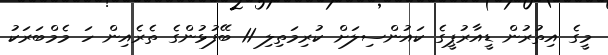
މީގެ އިތުރުން ޑީއާރުޕީގެ ކައުންސިލަށް ކުރިމަތިލި 11 ބޭފުޅުންގެ ތެރެއިން ހަ މެމްބަރަކު